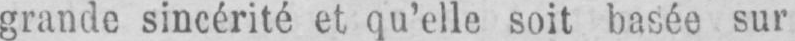
grande sincérité et qu’elle soit basée sur